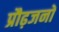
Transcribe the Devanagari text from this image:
प्रौढ़जनों